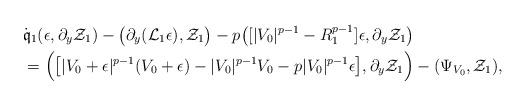
LaTeX: \begin{align*}&\dot{\mathfrak{q}}_1(\epsilon,\partial_y\mathcal{Z}_1)-\big(\partial_y(\mathcal{L}_1\epsilon),\mathcal{Z}_1\big)-p\big([|V_0|^{p-1}-R_1^{p-1}]\epsilon,\partial_y\mathcal{Z}_1\big)\\&=\Big(\big[|V_0+\epsilon|^{p-1}(V_0+\epsilon)-|V_0|^{p-1}V_0-p|V_0|^{p-1}\epsilon\big],\partial_y\mathcal{Z}_1\Big)-(\Psi_{V_0},\mathcal{Z}_1),\end{align*}